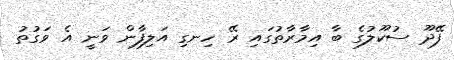
ފޭދޫ ސުކޫލުގެ ބާ އިމާރާތުގައި ރޭ ހިނގި އަލިފާން ވަނީ އެ ވަގުތު